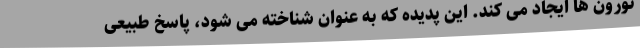
نورون ها ایجاد می کند. این پدیده که به عنوان شناخته می شود، پاسخ طبیعی